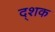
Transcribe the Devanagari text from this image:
द्शक